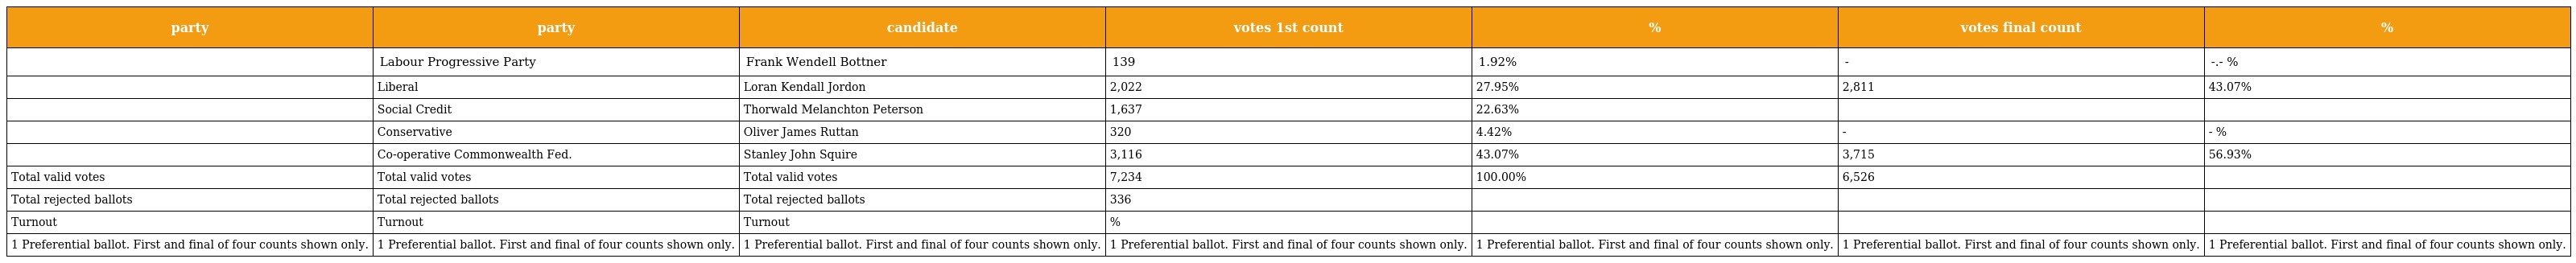
| party | party | candidate | votes 1st count | % | votes final count | % |
 | --- | --- | --- | --- | --- | --- | --- |
 |  | Labour Progressive Party | Frank Wendell Bottner | 139 | 1.92% | - | -.- % |
 |  | Liberal | Loran Kendall Jordon | 2,022 | 27.95% | 2,811 | 43.07% |
 |  | Social Credit | Thorwald Melanchton Peterson | 1,637 | 22.63% |  |  |
 |  | Conservative | Oliver James Ruttan | 320 | 4.42% | - | - % |
 |  | Co-operative Commonwealth Fed. | Stanley John Squire | 3,116 | 43.07% | 3,715 | 56.93% |
 | Total valid votes | Total valid votes | Total valid votes | 7,234 | 100.00% | 6,526 |  |
 | Total rejected ballots | Total rejected ballots | Total rejected ballots | 336 |  |  |  |
 | Turnout | Turnout | Turnout | % |  |  |  |
 | 1 Preferential ballot. First and final of four counts shown only. | 1 Preferential ballot. First and final of four counts shown only. | 1 Preferential ballot. First and final of four counts shown only. | 1 Preferential ballot. First and final of four counts shown only. | 1 Preferential ballot. First and final of four counts shown only. | 1 Preferential ballot. First and final of four counts shown only. | 1 Preferential ballot. First and final of four counts shown only. |